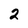
Character: 2